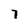
Character: 7